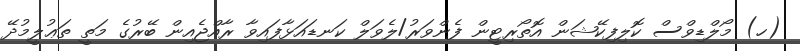
(ހ) މޯލްޑިވްސް ކޮލިފިކޭޝަން އޮތޯރިޓީން ފެންވަރު/ލެވަލް ކަނޑައަޅާފައިވާ ރާއްޖެއިން ބޭރުގެ މަތީ ތަޢުލީމުދޭ